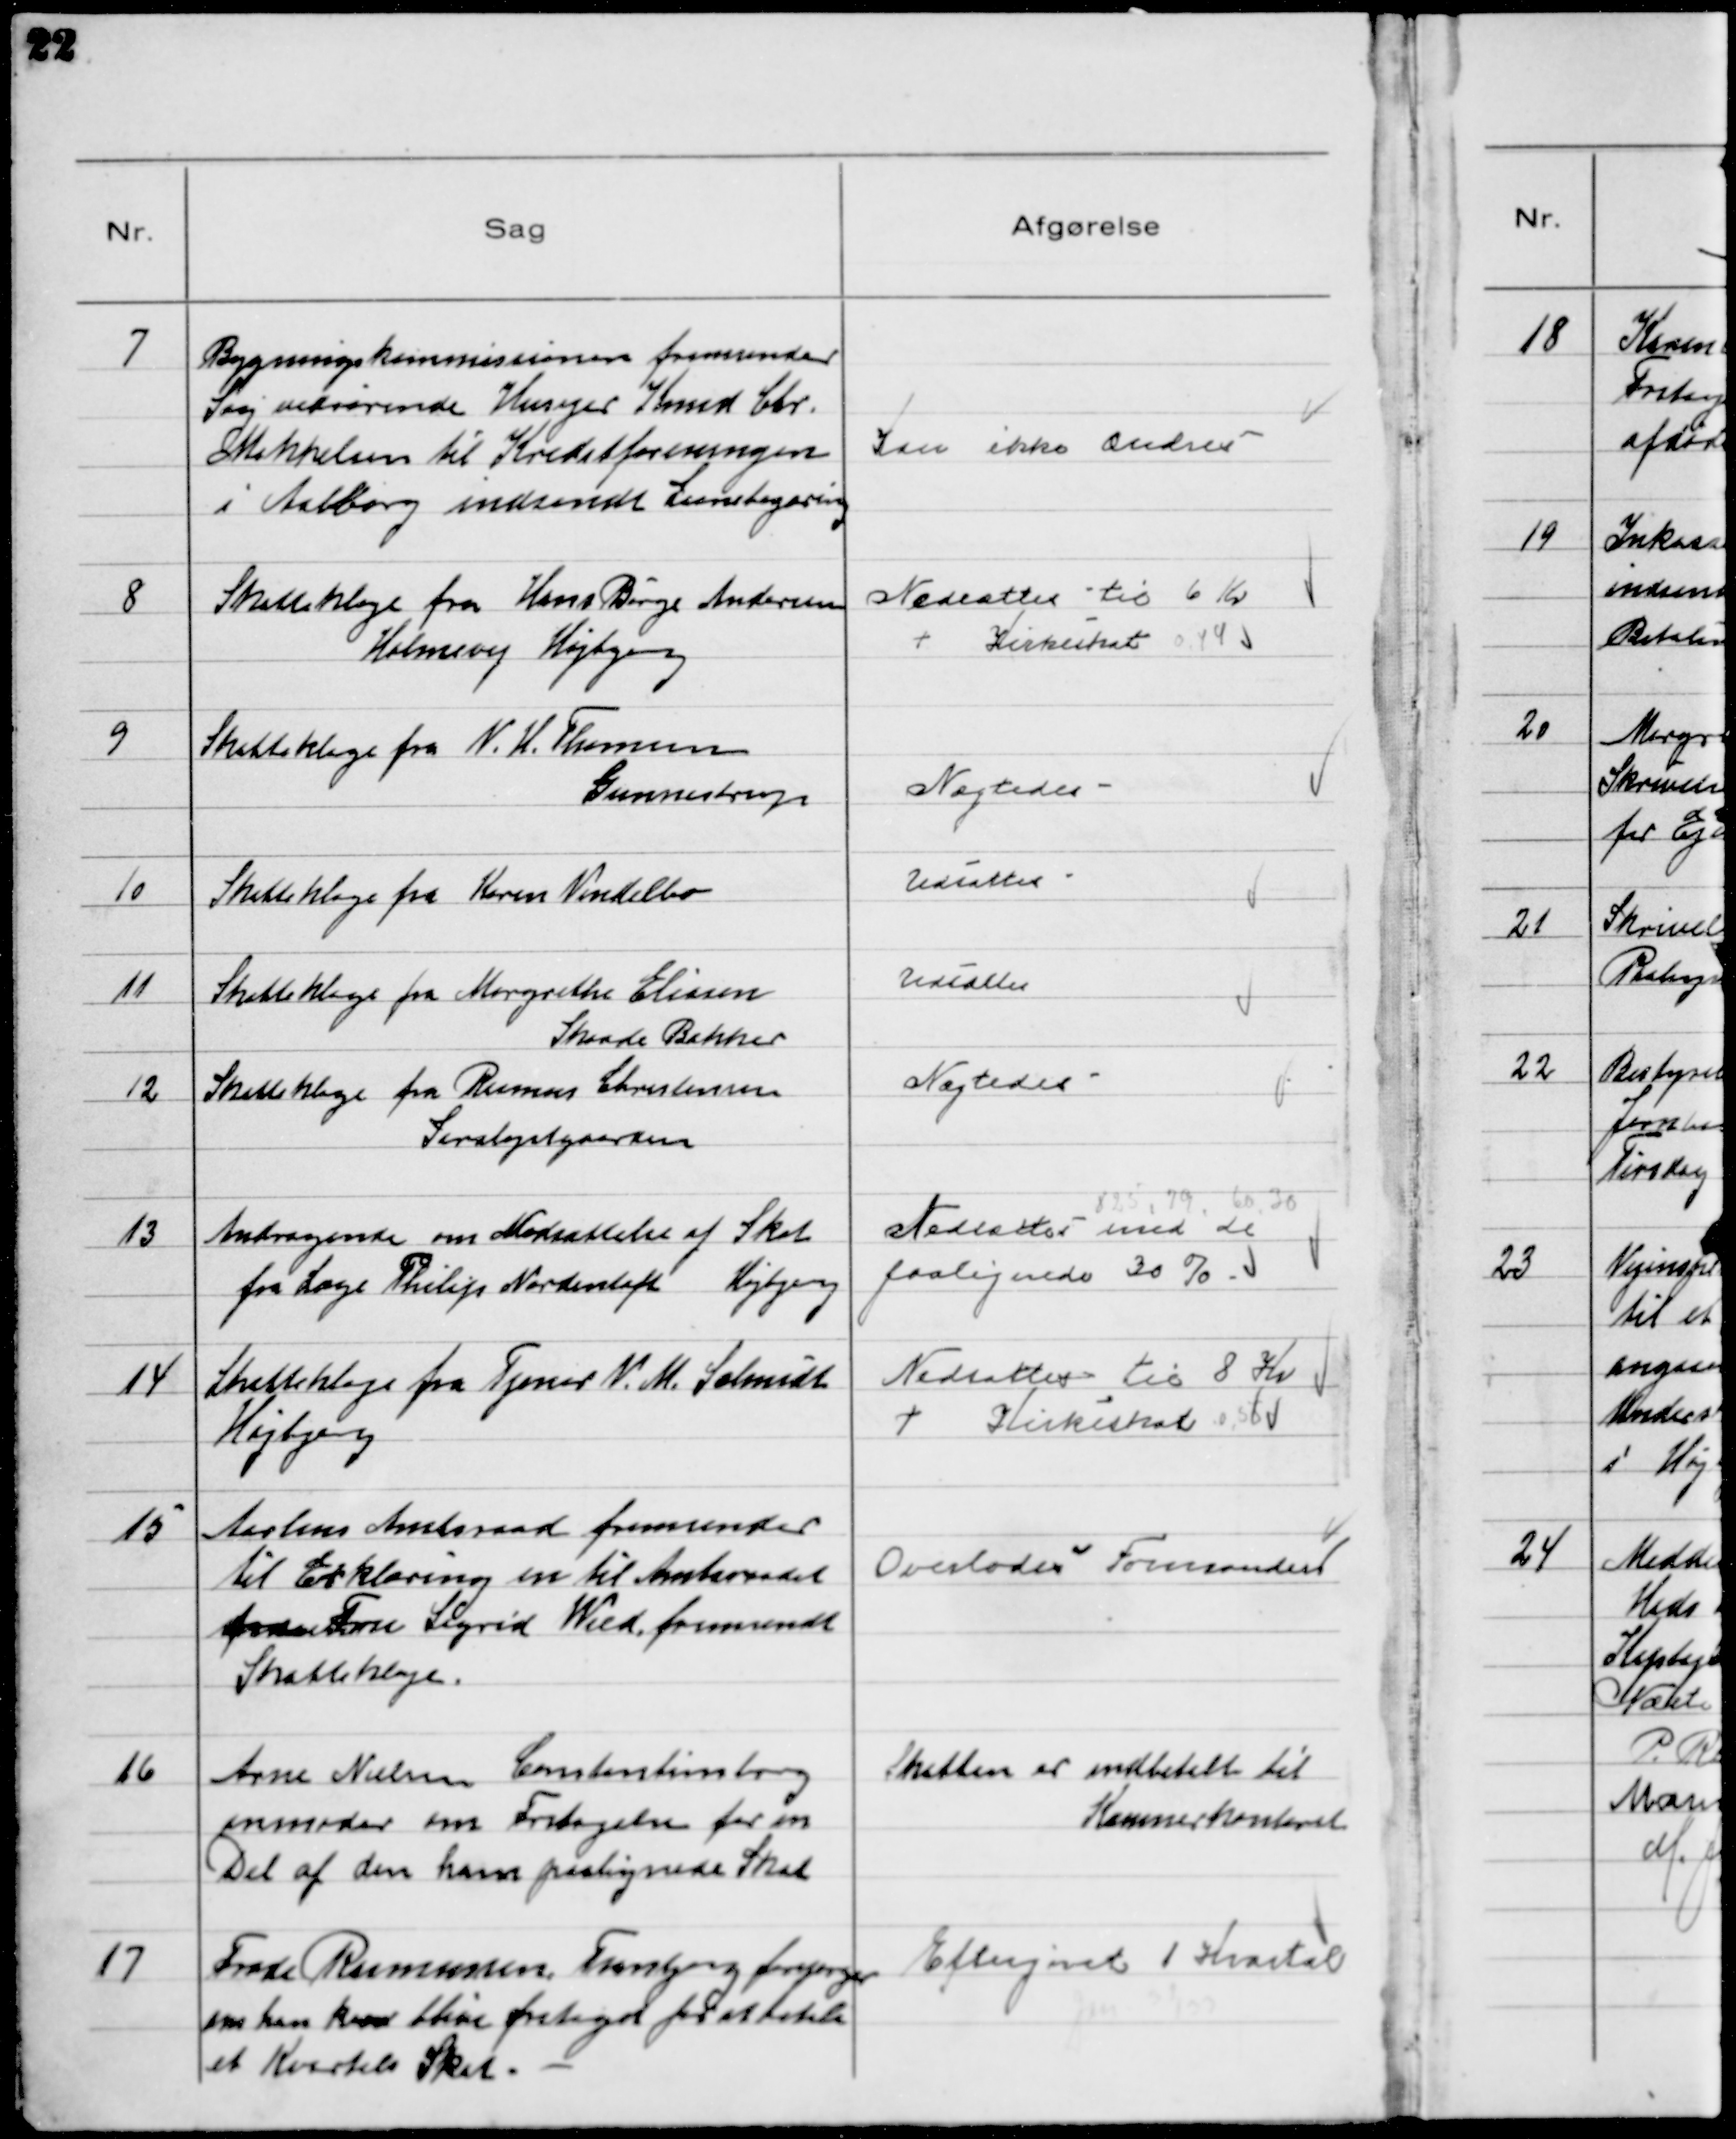
Transskription:
7
Bygningskommissionen fremsender
Sag vedrørende Husejer Knud Chr.
Mikkelsen til Kreditforeningen
i Aalborg indsendt Laansbegæring

Kan ikke ændres

8
Skatteklage fra Hans Børge Andersen
Holmevej Højbjerg

Nedsattes til 6 Kr
+ Kirkeskat 0.44

9
Skatteklage fra V. H. Thomsen
Gunnestrup

Nægtedes

10
Skatteklage fra Karen Vendelbo

Udsattes

11
Skatteklage fra Margrethe Eliasen
Skaade Bakker

Udsattes

12
Skatteklage fra Rasmus Christensen
Saralystgaarden

Nægtedes

13
Andragende om Nedsættelse af Skat
fra Læge Philip Nordentoft Højbjerg

825, 79, 60, 30
Nedsattes med de
paalignede 30 %

14
Skatteklage fra Tjener N. M. Schmidt
Højbjerg

Nedsattes til 8 Kr
+ Kirkeskat 0,55

15
Aarhus Amtsraad fremsender
til Erklæring en til Amtsraadet
fra Fru Sigrid Wied fremsendt
Skatteklage.

Overlodes Formanden

16
Arne Nielsen Constantinsborg
anmoder om Fritagelse for en
Del af den ham paalignede Skat

Skatten er indbetalt til
Kæmnerkontoret

17
Frode Rasmussen, Tranbjerg forespørger
om han kan blive fritaget for at betale
et Kvartals Skat.

Eftergivet 1 Kvartal